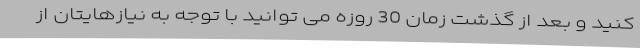
کنید و بعد از گذشت زمان 30 روزه می توانید با توجه به نیازهایتان از